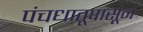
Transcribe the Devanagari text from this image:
पंचधातूपासून